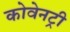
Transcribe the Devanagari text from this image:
कोवेनट्री